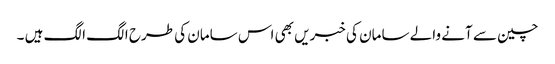
چین سے آنے والے سامان کی خبریں بھی اس سامان کی طرح الگ الگ ہیں ۔